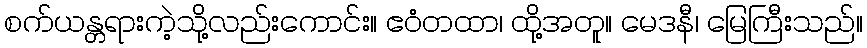
စက်ယန္တရားကဲ့သို့လည်းကောင်း။ ဧဝံတထာ၊ ထို့အတူ။ မေဒနီ၊ မြေကြီးသည်။